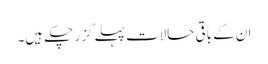
ان کے باقی حالات پہلے گزر چکے ہیں۔